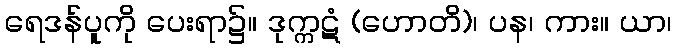
ရေဒန်ပူကို ပေးရာ၌။ ဒုက္ကဋံ (ဟောတိ)၊ ပန၊ ကား။ ယာ၊